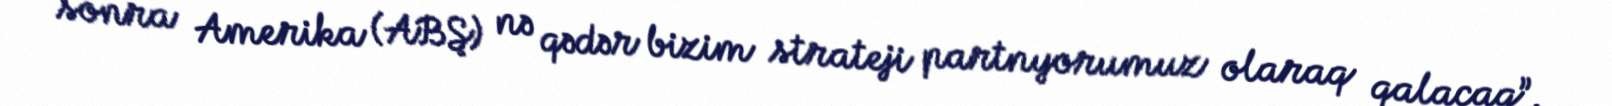
sonra Amerika (ABŞ) nə qədər bizim strateji partnyorumuz olaraq qalacaq”.